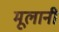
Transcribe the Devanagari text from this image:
मूलानी